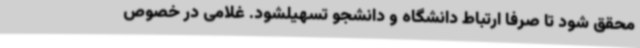
محقق شود تا صرفا ارتباط دانشگاه و دانشجو تسهیلشود. غلامی در خصوص